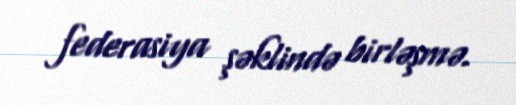
federasiya şəklində birləşmə.